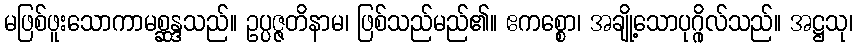
မဖြစ်ဖူးသောကာမစ္ဆန္ဒသည်။ ဥပ္ပဇ္ဇတိနာမ၊ ဖြစ်သည်မည်၏။ ဧကစ္စော၊ အချို့သောပုဂ္ဂိုလ်သည်။ အဋ္ဌသု၊